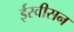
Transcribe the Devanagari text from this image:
ईस्वीसन